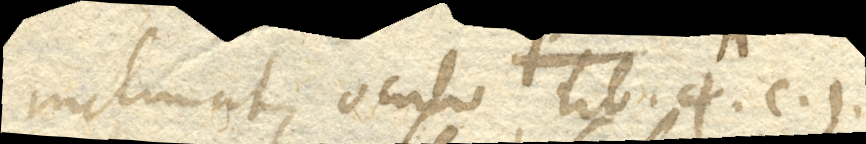
inclinat, Oculo lib. 4. c. 1.